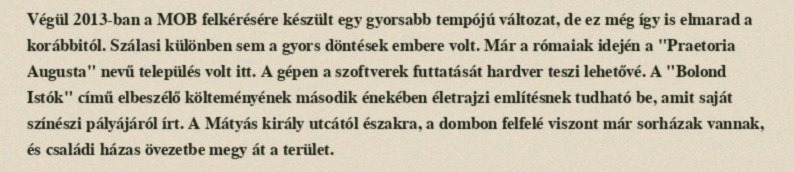
Végül 2013-ban a MOB felkérésére készült egy gyorsabb tempójú változat, de ez még így is elmarad a korábbitól. Szálasi különben sem a gyors döntések embere volt. Már a rómaiak idején a "Praetoria Augusta" nevű település volt itt. A gépen a szoftverek futtatását hardver teszi lehetővé. A "Bolond Istók" című elbeszélő költeményének második énekében életrajzi említésnek tudható be, amit saját színészi pályájáról írt. A Mátyás király utcától északra, a dombon felfelé viszont már sorházak vannak, és családi házas övezetbe megy át a terület.